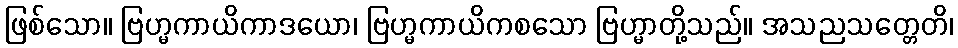
ဖြစ်သော။ ဗြဟ္မကာယိကာဒယော၊ ဗြဟ္မကာယိကစသော ဗြဟ္မာတို့သည်။ အသညသတ္တေတိ၊